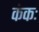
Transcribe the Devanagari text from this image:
कंकः